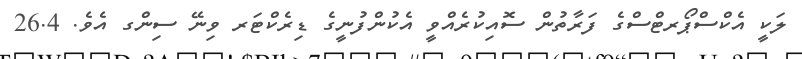
ލަކީ އެކްސްޕޯރޓްސްގެ ފަރާތުން ސޮއިކުރެއްވީ އެކުންފުނީގެ ޑިރެކްޓަރ ވިނޭ ސިންގ އެވެ. 26.4